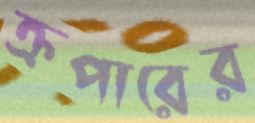
ক্রপারের